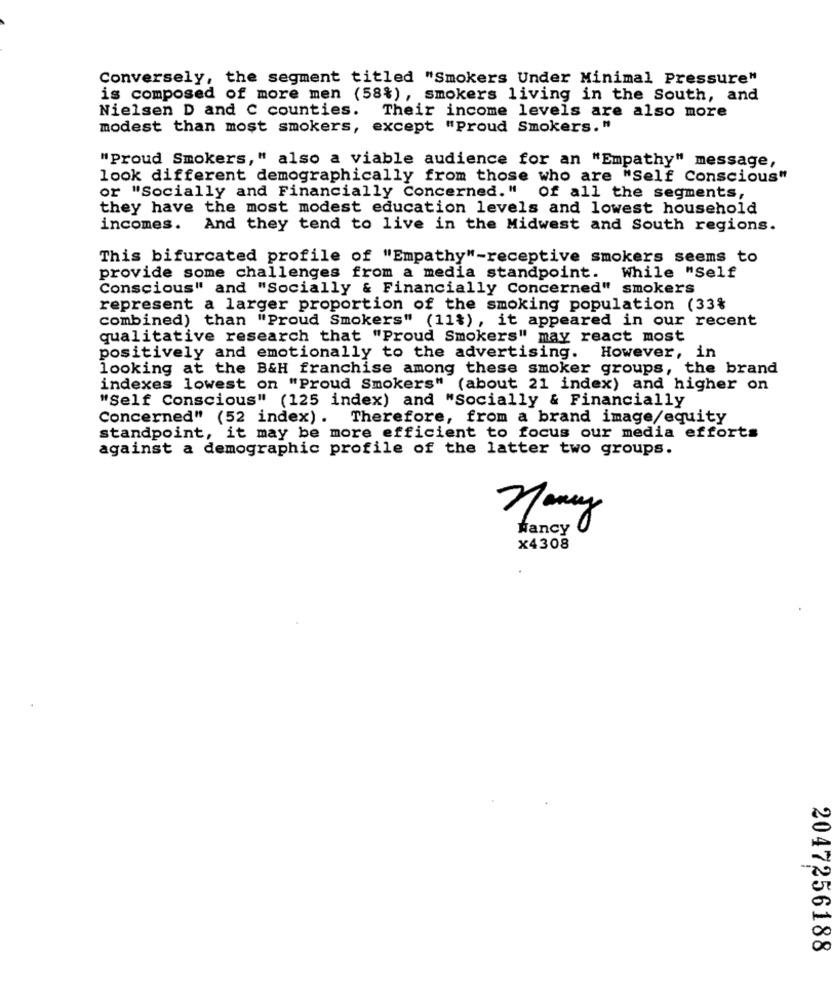
Conversely, the segment titled "Smokers Under Minimal Pressure"
is composed of more men (58%), smokers living in the South, and
Nielsen D and C counties. Their income levels are also more
modest than most smokers, except "Proud Smokers."
"Proud Smokers," also a viable audience for an "Empathy" message,
look different demographically from those who are "Self Conscious"
or "Socially and Financially Concerned." Of all the segments,
they have the most modest education levels and lowest household
incomes.
And they tend to live in the Midwest and South regions.
This bifurcated profile of "Empathy"-receptive smokers seems to
provide some challenges from a media standpoint. While "Self
Conscious" and "Socially & Financially Concerned" smokers
represent a larger proportion of the smoking population (33%
combined) than "Proud Smokers" (11%), it appeared in our recent
qualitative research that "Proud Smokers" may react most
positively and emotionally to the advertising.
However, in
looking at the B&H franchise among these smoker groups, the brand
indexes lowest on "Proud Smokers" (about 21 index) and higher on
"Self Conscious" (125 index) and "Socially & Financially
Concerned" (52 index). Therefore, from a brand image/equity
standpoint, it may be more efficient to focus our media efforts
against a demographic profile of the latter two groups.
nomay
Nancy
x4308
2047256188